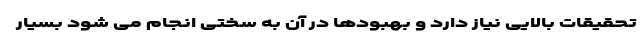
تحقیقات بالایی نیاز دارد و بهبودها در آن به سختی انجام می شود بسیار